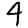
Digit: 4